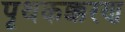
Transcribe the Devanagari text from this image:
पृथकक्करण